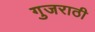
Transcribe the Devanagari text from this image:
गुजराठी